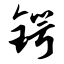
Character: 锷